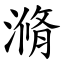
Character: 滫